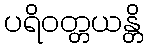
ပရိဝတ္တယန္တိ